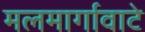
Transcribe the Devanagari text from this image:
मलमार्गावाटे